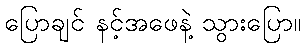
ပြောချင် နင့်အဖေနဲ့ သွားပြော။